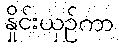
နှိုင်းယှဉ်ကာ